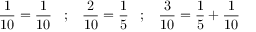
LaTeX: { \frac { 1 } { 1 0 } } = { \frac { 1 } { 1 0 } } \; \; \; ; \; \; \; { \frac { 2 } { 1 0 } } = { \frac { 1 } { 5 } } \; \; \; ; \; \; \; { \frac { 3 } { 1 0 } } = { \frac { 1 } { 5 } } + { \frac { 1 } { 1 0 } }